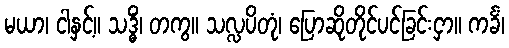
မယာ၊ ငါနှင့်။ သဒ္ဓိံ၊ တကွ။ သလ္လပိတုံ၊ ပြောဆိုတိုင်ပင်ခြင်းငှာ။ ကင်္ခံ၊